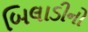
બિલાડીનો